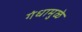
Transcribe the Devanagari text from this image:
गंधामुळे